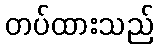
တပ်ထားသည်